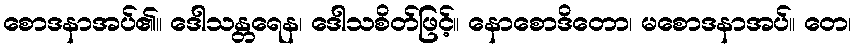
စောဒနာအပ်၏။ ဒေါသန္တရေန၊ ဒေါသစိတ်ဖြင့်။ နောစောဒိတော၊ မစောဒနာအပ်။ တေ၊